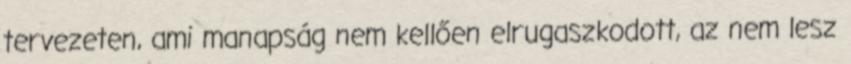
tervezeten, ami manapság nem kellően elrugaszkodott, az nem lesz